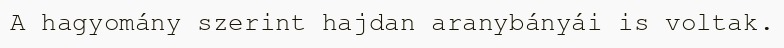
A hagyomány szerint hajdan aranybányái is voltak.